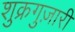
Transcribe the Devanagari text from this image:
शुक्रगुज़ारी